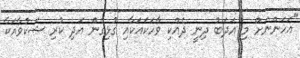
"އަހަންނަށް މި އަދަބު ދިނީ ދެއްކި ވާހަކައަކާއި ގުޅިގެން އަދި ކުރި ޝަކުވާއަކާ